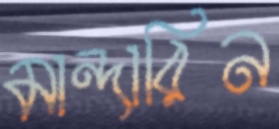
মান্দারিন